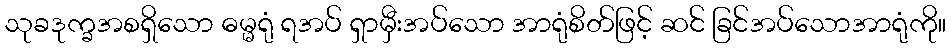
သုခဒုက္ခအစရှိသော ဓမ္မရုံ ရအပ် ရှာမှီးအပ်သော အာရုံစိတ်ဖြင့် ဆင် ခြင်အပ်သောအာရုံကို။